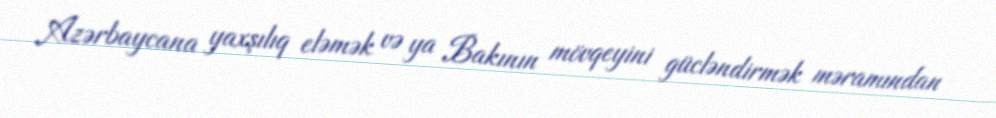
Azərbaycana yaxşılıq eləmək və ya Bakının mövqeyini gücləndirmək məramından